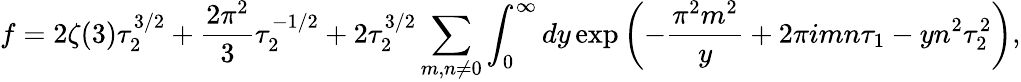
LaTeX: f=2\zeta(3)\tau_{2}^{3/2}+{\frac{2\pi^{2}}{3}}\tau_{2}^{-1/2}+2\tau_{2}^{3/2}\sum_{m,n\neq 0}\int_{0}^{\infty}dy\exp\left(-{\frac{\pi^{2}m^{2}}{y}}+2\pi imn\tau_{1}-yn^{2}\tau_{2}^{2}\right),